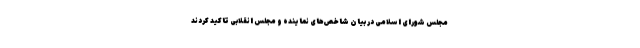
مجلس شورای اسلامی در بیان شاخص‌های نماینده و مجلس انقلابی تاکید کردند